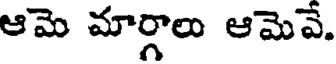
ఆమె మార్గాలు ఆమెవే.